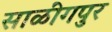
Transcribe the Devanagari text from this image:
साळींगपुर